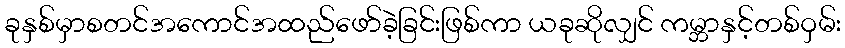
ခုနှစ်မှာစတင်အကောင်အထည်ဖော်ခဲ့ခြင်းဖြစ်ကာ ယခုဆိုလျှင် ကမ္ဘာနှင့်တစ်ဝှမ်း